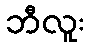
ဘီလူး